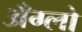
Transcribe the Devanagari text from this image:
अँग्लो